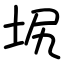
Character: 㘲